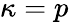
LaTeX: \kappa=p